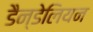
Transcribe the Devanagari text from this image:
डैन्डेलियन